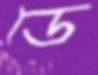
ডে